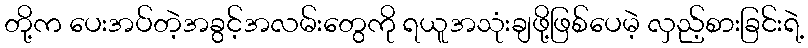
တို့က ပေးအပ်တဲ့အခွင့်အလမ်းတွေကို ရယူအသုံးချဖို့ဖြစ်ပေမဲ့ လှည့်စားခြင်းရဲ့